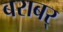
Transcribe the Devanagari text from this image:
बराबर्